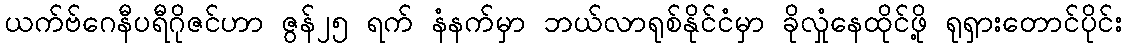
ယက်ဗ်ဂေနီပရီဂိုဇင်ဟာ ဇွန်၂၅ ရက် နံနက်မှာ ဘယ်လာရုစ်နိုင်ငံမှာ ခိုလှုံနေထိုင်ဖို့ ရုရှားတောင်ပိုင်း